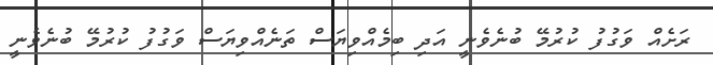
ރަށެއް ވަގުފު ކުރުމޭ ބުނެވެނީ އަދި ބިމެއްވިޔަސް ތަނެއްވިޔަސް ވަގުފު ކުރުމޭ ބުނެވެނީ